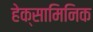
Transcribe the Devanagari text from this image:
हेक्सामिनिक